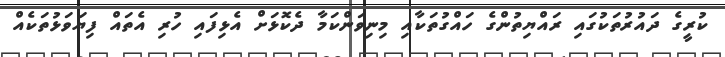
ކުރީގެ ދައުރުތަކުގައި ރައްޔިތުންގެ ހައްގުތަކާއި މިނިވަންކަމާ ދެކޮޅަށް އެޅިފައި ހުރި އެތައް ފިޔަވަޅުތަކެއް